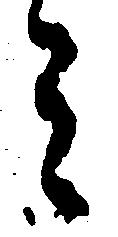
ミ